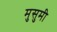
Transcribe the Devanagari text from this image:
मुसुमी